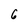
Character: 6